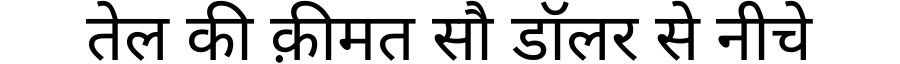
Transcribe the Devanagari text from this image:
तेल की क़ीमत सौ डॉलर से नीचे